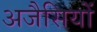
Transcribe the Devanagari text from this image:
अजैसियों